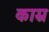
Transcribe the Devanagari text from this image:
काम्र